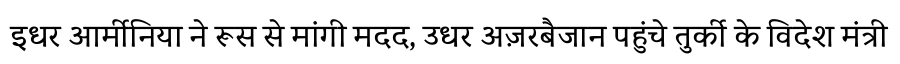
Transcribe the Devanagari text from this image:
इधर आर्मीनिया ने रूस से मांगी मदद, उधर अज़रबैजान पहुंचे तुर्की के विदेश मंत्री